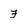
Character: F